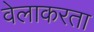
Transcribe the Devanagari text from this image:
वेलाकरता